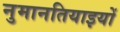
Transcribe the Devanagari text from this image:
नुमानतियाइयों